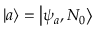
\left| a \right\rangle = \left| \psi _ { a } , N _ { 0 } \right\rangle